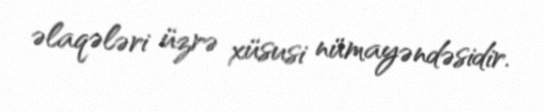
əlaqələri üzrə xüsusi nümayəndəsidir.